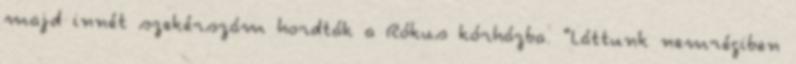
majd innét szekérszám hordták a Rókus kórházba. “Láttunk nemrégiben